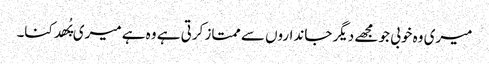
میری وہ خوبی جو مجھے دیگر جانداروں سے ممتاز کرتی ہے وہ ہے میری پُھدکنا۔